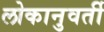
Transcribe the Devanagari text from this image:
लोकानुवर्ती